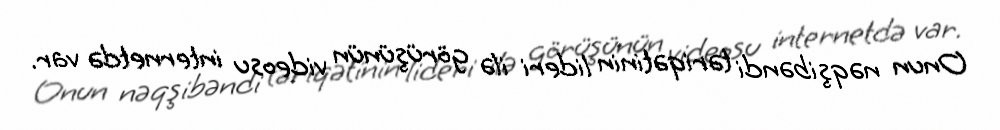
Onun nəqşibəndi təriqətinin lideri ilə görüşünün videosu internetdə var.